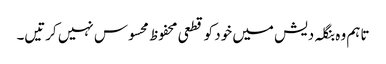
تاہم وہ بنگلہ دیش میں خود کو قطعی محفوظ محسوس نہیں کرتیں۔